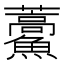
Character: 𮬕